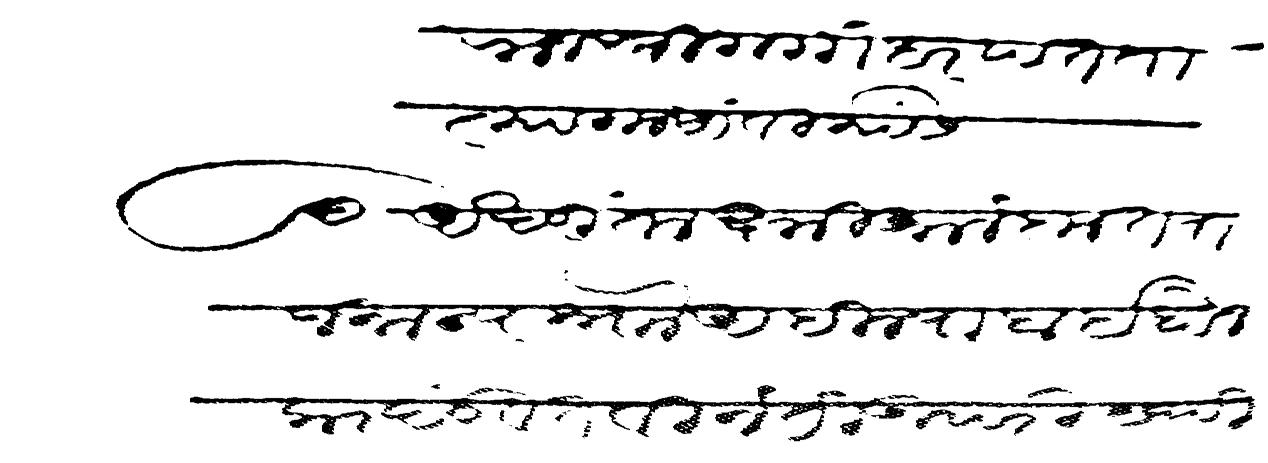
Transliteration (Devanagari): राजश्री गगांधर पंत तात्या गोसांवी यांसी अखडितं लक्ष्मी अलंकृत राजमान्य श्नाो अहिल्याबाई होलकर दंडवत विनंती उपरी येथी लक्षमे